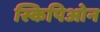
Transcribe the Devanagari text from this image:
स्किपिओन